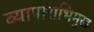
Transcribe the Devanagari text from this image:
व्यापाराभिमुख